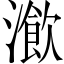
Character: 𤀔